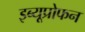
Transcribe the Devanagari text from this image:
इब्यूप्रोफन